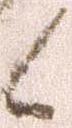
候